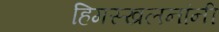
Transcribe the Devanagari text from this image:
हिमस्खलनांनी